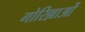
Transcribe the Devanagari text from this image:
गोरिल्लाओं